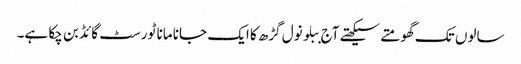
سالوں تک گھومتے سیکھتے آج ببلو نول گڑھ کا ایک جانا مانا ٹورسٹ گائڈ بن چکا ہے۔